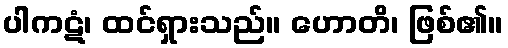
ပါကဋံ၊ ထင်ရှားသည်။ ဟောတိ၊ ဖြစ်၏။